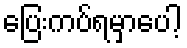
ပြေးကပ်ရမှာပေါ့